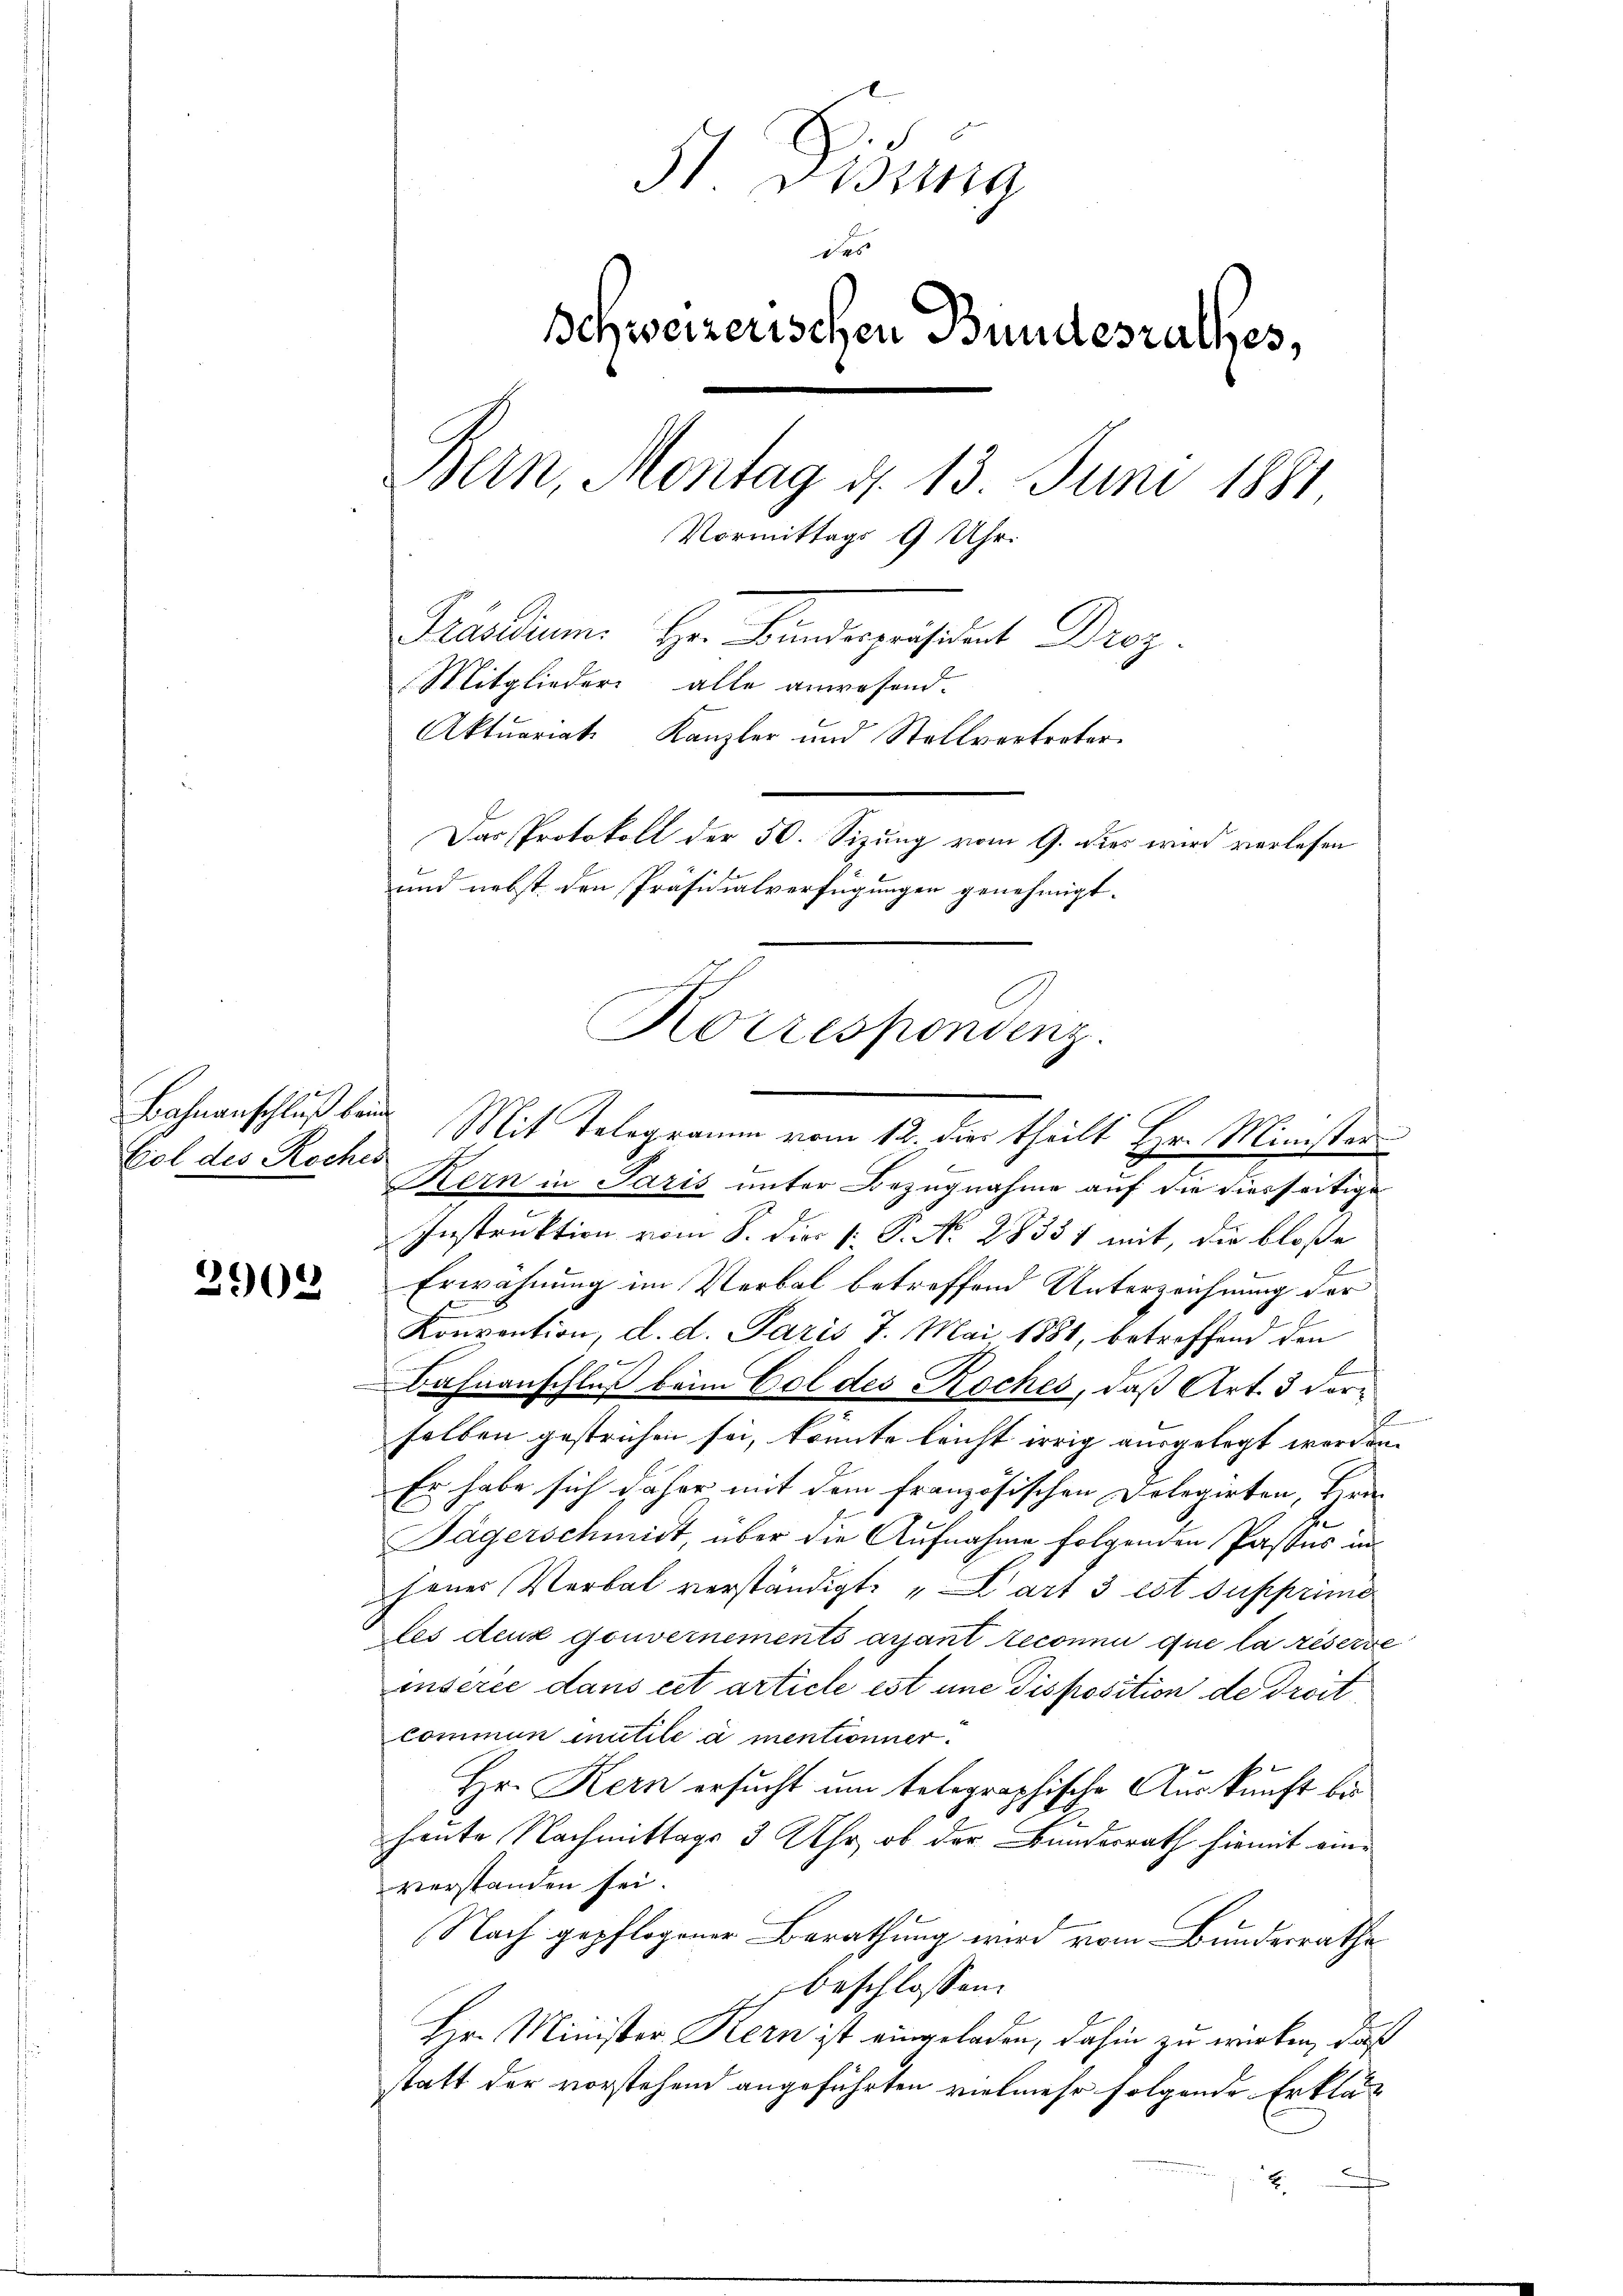
Bahnanschluß beim
Eol des Roches

3902

51 Didung
des
Schweizerischen Bundesrathes,
Bern, Montag d. 13. Juni 1881
Vormittags 9 Uhr.
Präsidium. Hr. Binderpräsident Droz.
Mitglieder alle anwesend.
Aktuariat Kanzler und Stellvertreter
Das Protokoll der 50. Sizung vom 9. dies wird verlesen
und nebst den Präsidialverfügungen genehmigt.

Kern in Paris unter Bezugnahme auf die diesseitige
Instruktion vom 8. dies k. P. No. 28331 mit, die bloße
2
Erwähnung im Verbal betreffend Unterzeichnung der
Konvention, d. d. Paris 7. Mai 1881, betreffend den
b
Bahnanschluß beim Col des Roches, daß Art. 3 vorf
selben gestrichen sei, könnte leicht irrig ausgelegt worden.
Er habe sich daher mit dem französischen Delegirten, Hrn.
Jägerschmidt, über die Aufnahme folgenden Pastes in
jener Verbal verständigt: „Wart 3 est supprimo
les deux gouvernements arsant reconnu que la réserve
inserie dans cet article est une disposition de droit
commun mutile à mentionner.
Hr. Kern ersucht um telegraphische Auskunft bi
heute Nachmittags 3 Uhr, ob der Bunderrath hiemit einverstanden sei.
Nach gepflogener Berathung wird vom Bundesrathe
beschlossen:
Hr. Minister Kern ist eingeladen, dahin zu wirken, daß
statt der vorstehend angeführten vielmehr folgende Erklär

Korrespondenz.
Mit Telegramm vom 12. dies theilt Hr. Minister